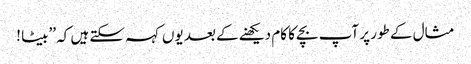
مثال کے طور پر آپ بچے کا کام دیکھنے کے بعد یوں کہہ سکتے ہیں کہ ’’بیٹا !